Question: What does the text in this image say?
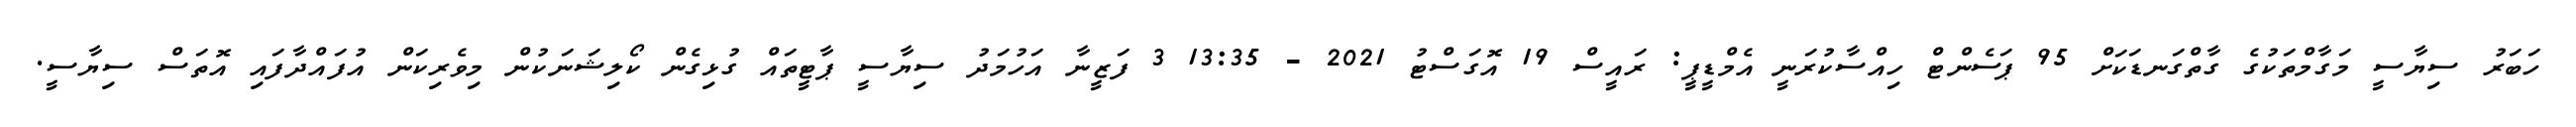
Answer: ހަބަރު ސިޔާސީ މަގާމްތަކުގެ ގާތްގަނޑަކަށް 95 ޕަސެންޓް ހިއްސާކުރަނީ އެމްޑީޕީ: ރައީސް 19 އޮގަސްޓު 2021 - 13:35 3 ފަޒީނާ އަހުމަދު ސިޔާސީ ޕާޓީތައް ގުޅިގެން ކޯލިޝަނަކުން މިވެރިކަން އުފައްދާފައި އޮތަސް ސިޔާސީ.